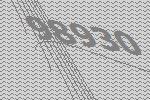
98930